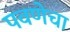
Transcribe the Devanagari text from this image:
पवणेचा